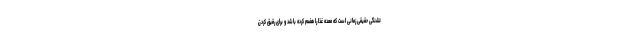
تشنگی حقیقی زمانی است که معده غذا را هضم کرده باشد و برای رقیق کردن